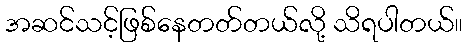
အဆင်သင့်ဖြစ်နေတတ်တယ်လို့ သိရပါတယ်။